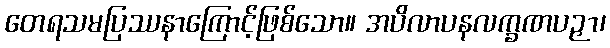
တေရသမပြဿနာကြောင့်ဖြစ်သော။ အပိလာပနလက္ခဏပဉှာ၊